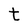
Character: t